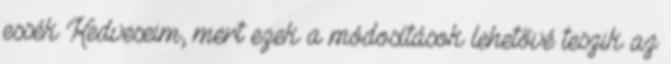
essék Kedveseim, mert ezek a módosítások lehetővé teszik az